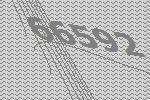
66592